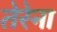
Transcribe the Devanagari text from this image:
तेरेना